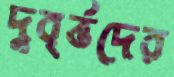
দুবৃর্ত্তদের